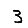
Digit: 3